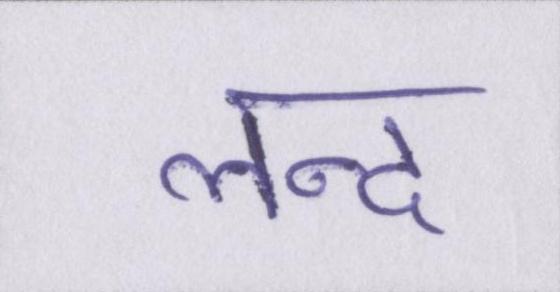
लन्द